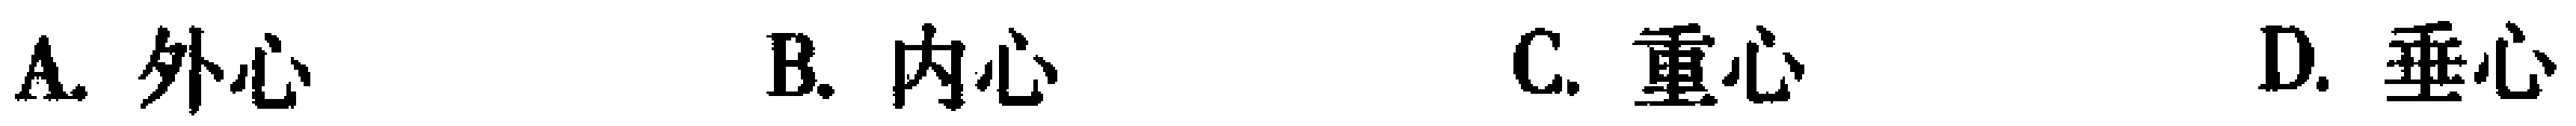
A. 外心  B. 内心  C. 重心  D. 垂心